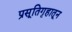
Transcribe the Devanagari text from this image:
प्रसूतिगृहातून